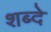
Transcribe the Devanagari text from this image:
शब्दे